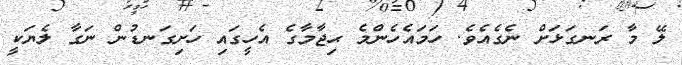
ލޭ މާ ރަނގަޅަށް ނެގެއެވެ. ހަމައެހެންމެ ޙިޖާމާގެ އެހީގައި ހަށިގަނޑުން ނަގާ ލެޔަކީ